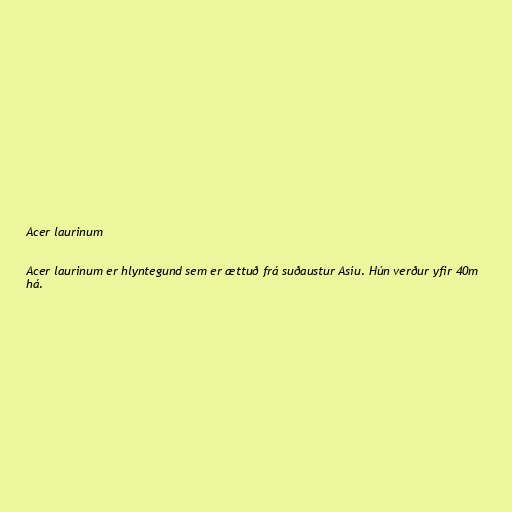
Acer laurinum

Acer laurinum er hlyntegund sem er ættuð frá suðaustur Asíu. Hún verður yfir 40m
há.